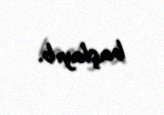
başlayıb.